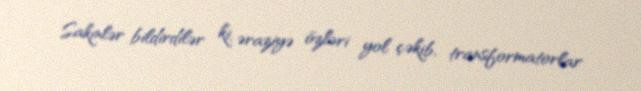
Sakinlər bildirdilər ki, əraziyə özləri yol çəkib, transformatorlar